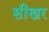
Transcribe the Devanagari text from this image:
सीखर